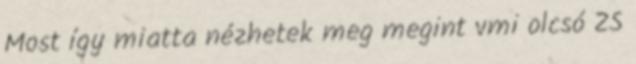
Most így miatta nézhetek meg megint vmi olcsó ZS